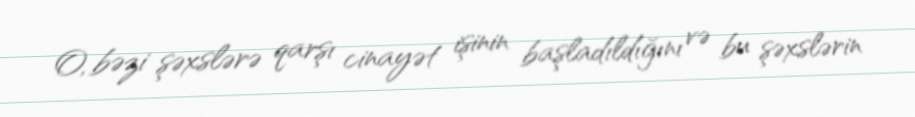
O, bəzi şəxslərə qarşı cinayət işinin başladıldığını və bu şəxslərin